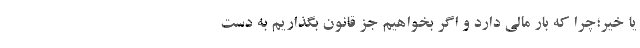
یا خیر؛چرا که بار مالی دارد و اگر بخواهیم جز قانون بگذاریم به دست